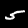
Label: 5